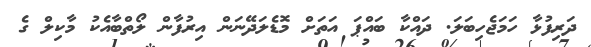
ދަރިފުޅާ ހަމަޖެހިބަލަ. ދައްކާ ބައްޕަ އަތަށް މޮޑެލަދޭނަން އިރުފާން ލޯތްބާއެކު މާކިލް ގެ